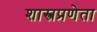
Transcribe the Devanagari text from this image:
शास्त्रप्रणेता